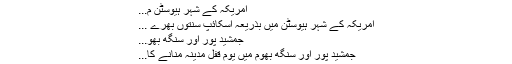
امریکہ کے شہر ہیوسٹن م...
امریکہ کے شہر ہیوسٹن میں بذریعہ اسکائپ سنتوں بھرے ...
جمشید پور اور سنگھ بھو...
جمشید پور اور سنگھ بھوم میں یومِ قفلِ مدینہ منانے کا...